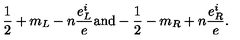
\frac { 1 } { 2 } + m _ { L } - n \frac { e _ { L } ^ { i } } { e } \mathrm { a n d } - \frac { 1 } { 2 } - m _ { R } + n \frac { e _ { R } ^ { i } } { e } .